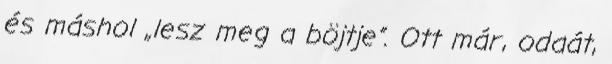
és máshol „lesz meg a böjtje”. Ott már, odaát,